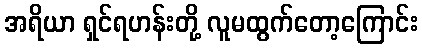
အရိယာ ရှင်ရဟန်းတို့ လူမထွက်တော့ကြောင်း